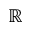
\mathbb { R }